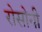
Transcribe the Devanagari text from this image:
रोसोनी